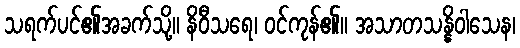
သရက်ပင်၏အခက်သို့။ နိဝီသရေ၊ ဝင်ကုန်၏။ အသာတသန္နိဝါသေန၊